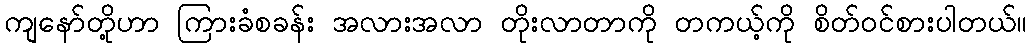
ကျနော်တို့ဟာ ကြားခံစခန်း အလားအလာ တိုးလာတာကို တကယ့်ကို စိတ်ဝင်စားပါတယ်။